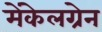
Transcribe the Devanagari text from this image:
मेंकेलग्रेन